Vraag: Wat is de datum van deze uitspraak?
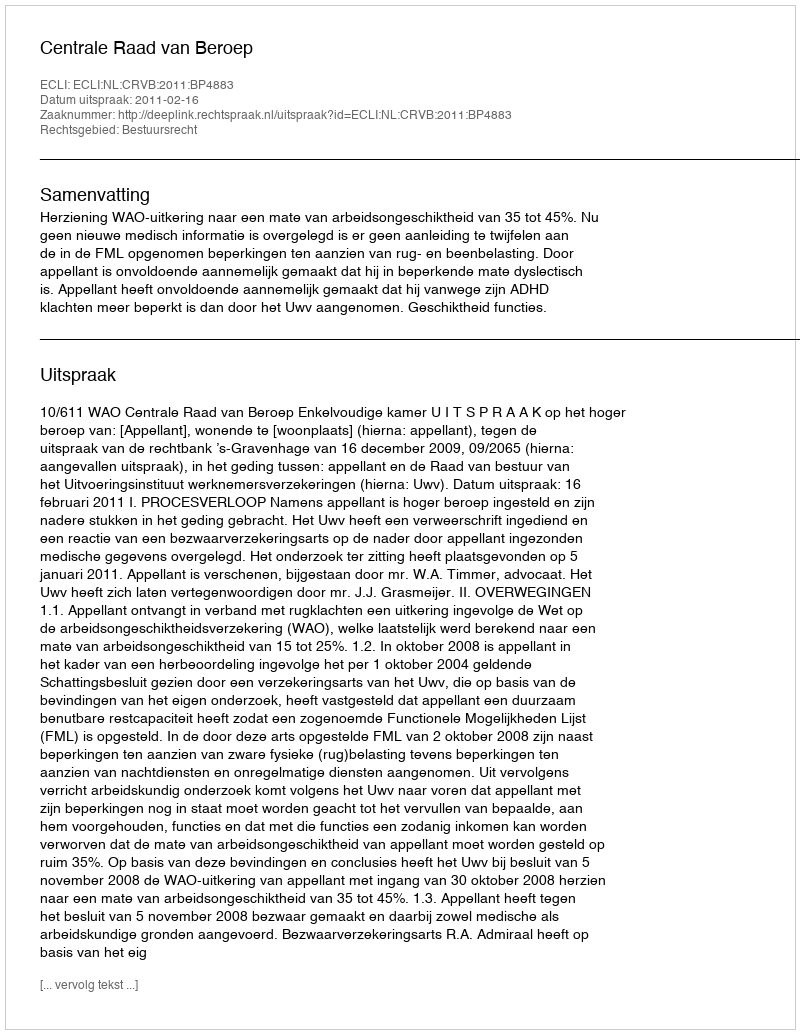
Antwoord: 2011-02-16